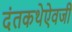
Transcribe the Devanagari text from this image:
दंतकथेऐवजी